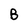
Character: B